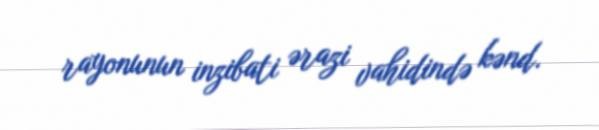
rayonunun inzibati ərazi vahidində kənd.